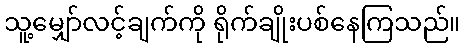
သူ့မျှော်လင့်ချက်ကို ရိုက်ချိုးပစ်နေကြသည်။